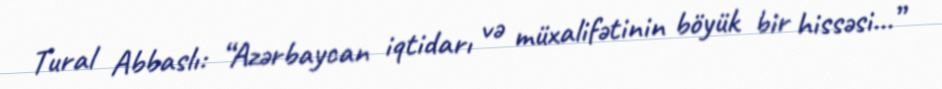
Tural Abbaslı: “Azərbaycan iqtidarı və müxalifətinin böyük bir hissəsi...”